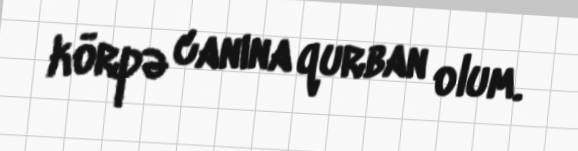
körpə canına qurban olum.